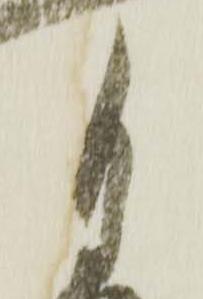
月